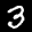
Label: 3